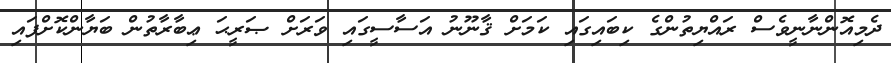
ދެމިއޮންނާނީވެސް ރައްޔިތުންގެ ކިބައިގައި ކަމަށް ޤާނޫނު އަސާސީގައި ވަރަށް ޞަރީޙަ ޢިބާރާތުން ބަޔާންކޮށްފައި